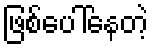
ဖြစ်ပေါ်နေတဲ့